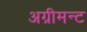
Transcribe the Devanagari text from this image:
अग्रीमन्ट